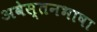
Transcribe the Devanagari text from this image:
अवेस्तनभाषा